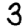
Digit: 3